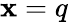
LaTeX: \mathbf{x}=q